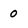
Character: 0